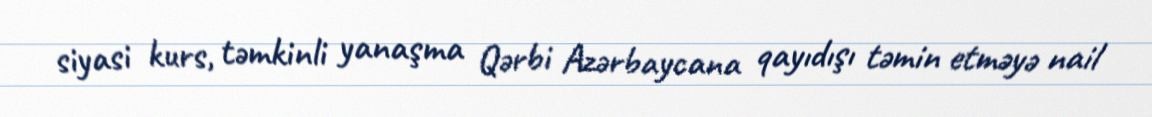
siyasi kurs, təmkinli yanaşma Qərbi Azərbaycana qayıdışı təmin etməyə nail